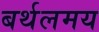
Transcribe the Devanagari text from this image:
बर्थलमय